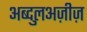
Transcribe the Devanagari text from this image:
अब्दुलअज़ीज़